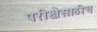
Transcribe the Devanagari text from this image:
परीक्षेसाठीच